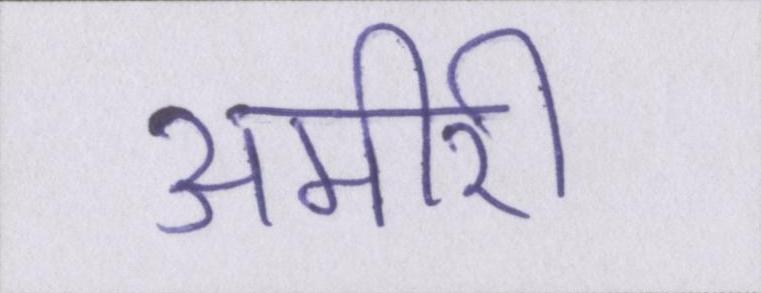
अमीरी